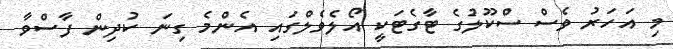
މި އަހަރު ވެސް ސްކޫލުގެ ޓާގެޓަކީ އޯލެވެލްގައި އެންމެ ގިނަ ކުދިން ފާސްވާ